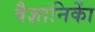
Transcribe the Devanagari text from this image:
वैज्ञानिकाें